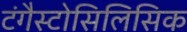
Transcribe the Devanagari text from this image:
टंगैस्टोसिलिसिक